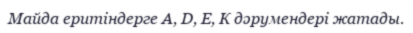
Майда еритіндерге А, D, Е, К дәрумендері жатады.